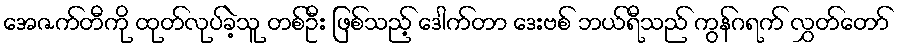
အေဇက်တီကို ထုတ်လုပ်ခဲ့သူ တစ်ဦး ဖြစ်သည့် ဒေါက်တာ ဒေးဗစ် ဘယ်ရီသည် ကွန်ဂရက် လွှတ်တော်